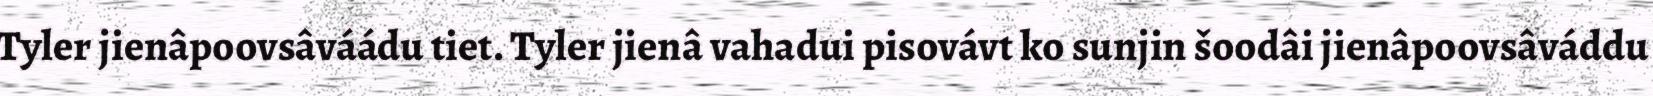
Tyler jienâpoovsâváádu tiet. Tyler jienâ vahadui pisovávt ko sunjin šoodâi jienâpoovsâváddu